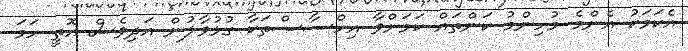
އެކަމަކު އެންމެ މުހިންމު ކަންތައް ކަމަށްވާ އިހްސާސްތަކާ ގުޅުވާލުން އަދިވެސް އޮތީ ހަމަ